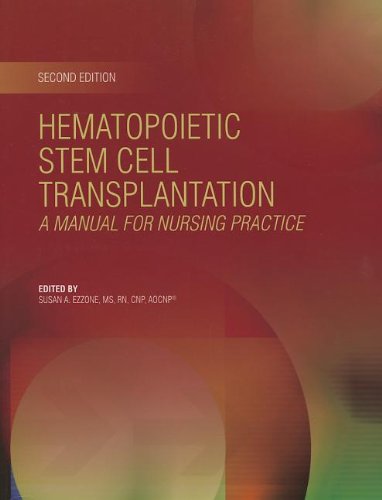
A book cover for Hematopoietic Stem Cell Transplantation: A Manual for Nursing Practice (Second Edition); S. A. Ezzone; Medical Books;